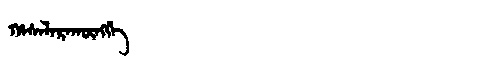
Manchu: ᡥᠠᠰᠠᠯᠠᡵᠠᡴᡡᠩᡤᡝ
Romanization: HASALARAKŪNGGE